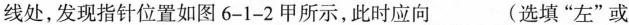
线处，发现指针位置如图6-1-2甲所示，此时应向___(选填”左”